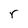
Character: r